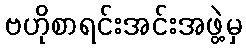
ဗဟိုစာရင်းအင်းအဖွဲ့မှ